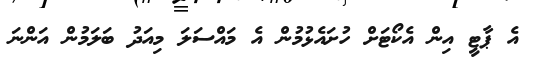
އެ ޕާޓީ އިން އެކޯޓަށް ހުށައެޅުމުން އެ މައްސަލަ މިއަދު ބަލަމުން އަންނަ